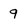
Character: 9